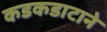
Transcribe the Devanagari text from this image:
कडकडाटाने